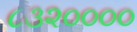
૮૩૨૦૦૦૦